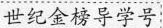
世纪金榜导学号